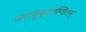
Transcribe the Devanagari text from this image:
जटामुकुटमण्डितम्‌